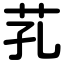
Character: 芤